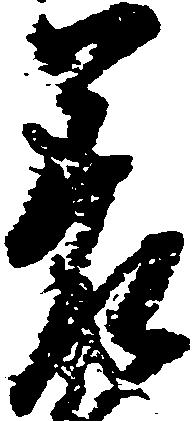
差